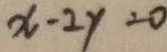
x - 2 y = 0